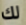
لك